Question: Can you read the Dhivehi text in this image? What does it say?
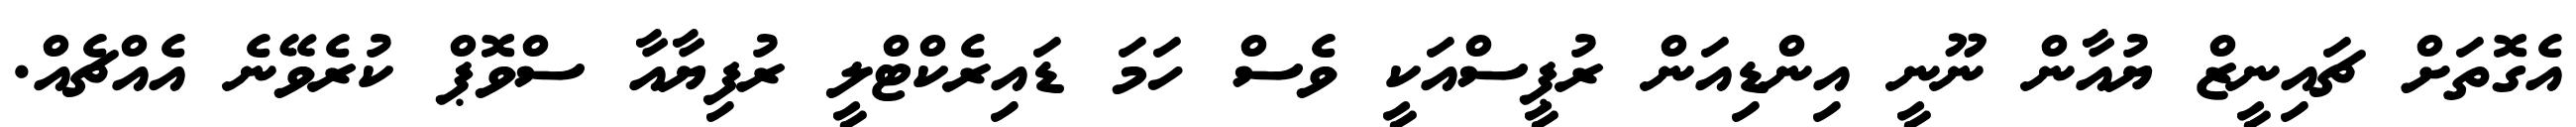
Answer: އެގޮތަށް ޗައިނީޒް ޔުއާން ނޫނީ އިންޑިއަން ރުޕީސްއަކީ ވެސް ހަމަ ޑައިރެކްޓްލީ ރުފިޔާއާ ސްވޮޕް ކުރެވޭނެ އެއްޗެއް.